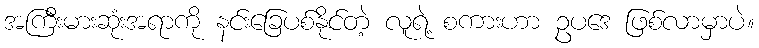
အကြီးမားဆုံးအရာကို နင်းခြေပစ်နိုင်တဲ့ လူရဲ့ စကားဟာ ဥပဒေ ဖြစ်လာမှာပဲ။